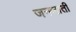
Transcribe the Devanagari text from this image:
जनजातीं